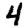
Digit: 4